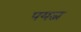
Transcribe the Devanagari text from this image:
पयत्न